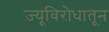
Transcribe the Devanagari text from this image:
ज्यूविरोधातून